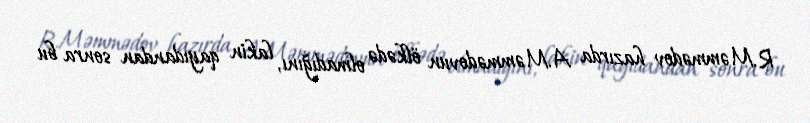
R.Məmmədov hazırda A.Məmmədovun ölkədə olmadığını, lakin qayıdandan sonra bu